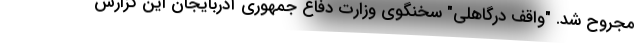
مجروح شد. "واقف درگاهلی" سخنگوی وزارت دفاع جمهوری آذربایجان این گزارش